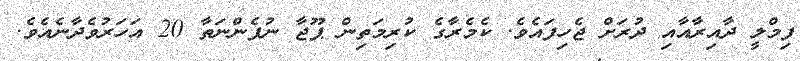
ފިމްލީ ދާއިރާއާއި ދުރަށް ޖެހިފައެވެ. ކެމެރާގެ ކުރިމަތިން ޕޫޖާ ނުފެންނަތާ 20 އަހަރުވެދާނެއެވެ.